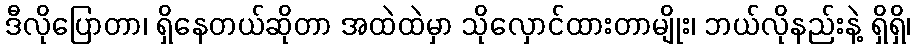
ဒီလိုပြောတာ၊ ရှိနေတယ်ဆိုတာ အထဲထဲမှာ သိုလှောင်ထားတာမျိုး၊ ဘယ်လိုနည်းနဲ့ ရှိရှိ၊